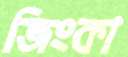
জিংকা